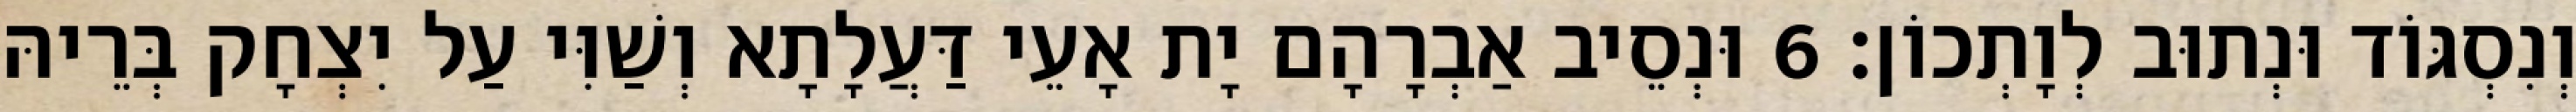
וְנִסְגּוֹד וּנְתוּב לְוָתְכוֹן׃ 6 וּנְסֵיב אַבְרָהָם יָת אָעֵי דַּעֲלָתָא וְשַׁוִּי עַל יִצְחָק בְּרֵיהּ